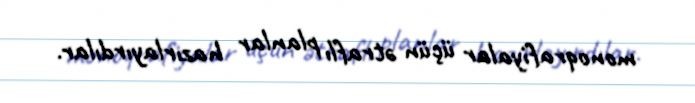
monoqrafiyalar üçün ətraflı planlar hazırlayırdılar.